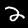
Label: 2